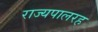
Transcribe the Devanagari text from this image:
राज्यपालरह